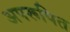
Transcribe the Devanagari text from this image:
अपरूपित